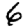
Digit: 6